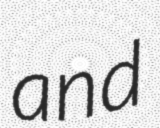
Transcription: and